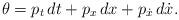
LaTeX: \begin{align*}\theta =p_{t}\,dt+p_{x}\,dx + p_{\dot{x}}\,d\dot{x}. \end{align*}